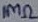
Text: 1MΩ